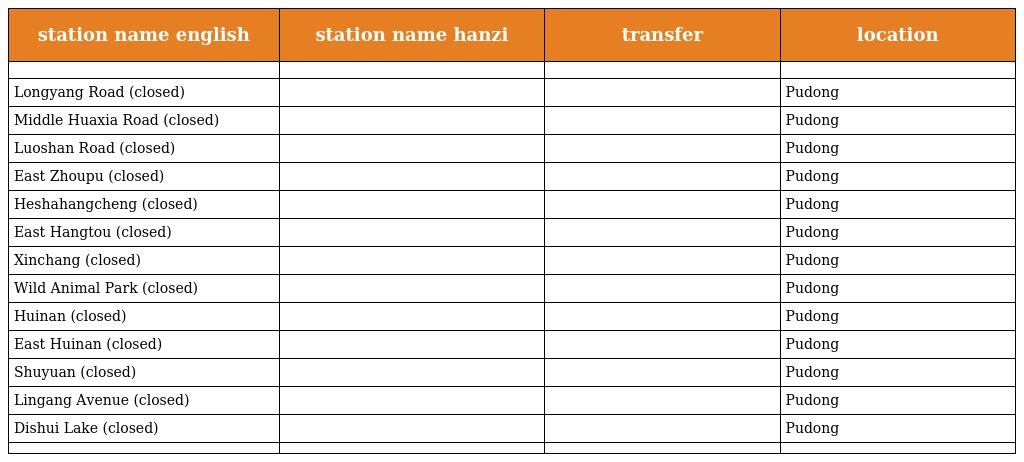
| station name english | station name hanzi | transfer | location |
 | --- | --- | --- | --- |
 |  |  |  |  |
 | Longyang Road (closed) | 龙阳路 |  | Pudong |
 | Middle Huaxia Road (closed) | 华夏中路 |  | Pudong |
 | Luoshan Road (closed) | 罗山路 |  | Pudong |
 | East Zhoupu (closed) | 周浦东 |  | Pudong |
 | Heshahangcheng (closed) | 鹤沙航城 |  | Pudong |
 | East Hangtou (closed) | 航头东 |  | Pudong |
 | Xinchang (closed) | 新场 |  | Pudong |
 | Wild Animal Park (closed) | 野生动物园 |  | Pudong |
 | Huinan (closed) | 惠南 |  | Pudong |
 | East Huinan (closed) | 惠南东 |  | Pudong |
 | Shuyuan (closed) | 书院 |  | Pudong |
 | Lingang Avenue (closed) | 临港大道 |  | Pudong |
 | Dishui Lake (closed) | 滴水湖 |  | Pudong |
 |  |  |  |  |